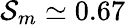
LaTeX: \mathcal{S}_{m}\simeq 0.67